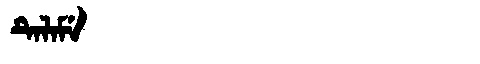
Manchu: ᡨᡝᠯᠠᠮᡝ
Romanization: TELAME